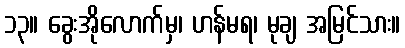
၁၃။ ခွေးအိုလောက်မှ၊ ဟန်မရ၊ မုချ အမြင်သား။